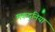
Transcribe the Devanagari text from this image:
मकदुनिया